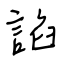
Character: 諂